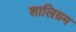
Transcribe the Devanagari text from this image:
शालिग्रम